Malaria in India - Number 2
Disease focus: Malaria
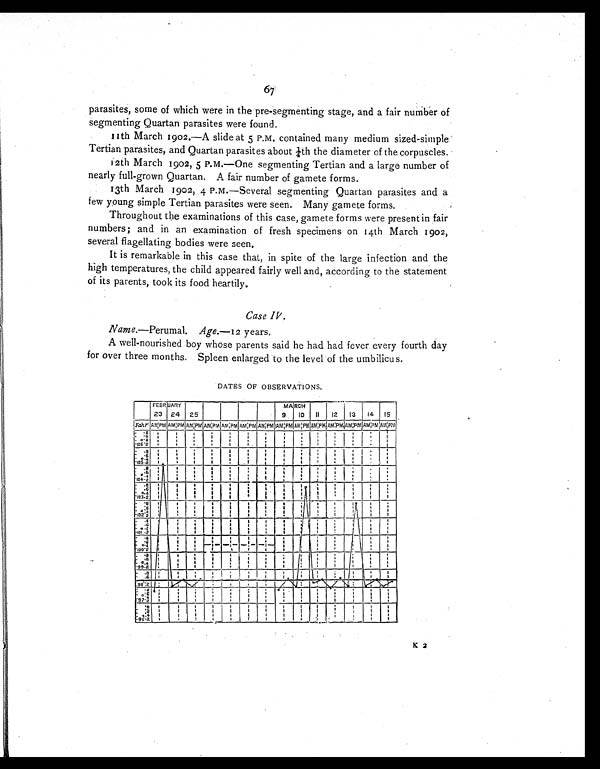
67
parasites, some of which were in the pre-segmenting stage, and a fair number of
segmenting Quartan parasites were found.
11th March 1902.—A slide at 5 P.M. contained many medium sized-simple
Tertian parasites, and Quartan parasites about ¼th the diameter of the corpuscles.
12th March 1902, 5 P.m.—One segmenting Tertian and a large number of
nearly full-grown Quartan. A fair number of gamete forms.
13th March 1902, 4 P.M.—Several segmenting Quartan parasites and a
few young simple Tertian parasites were seen. Many gamete forms.
Throughout the examinations of this case, gamete forms were present in fair
numbers; and in an examination of fresh specimens on 14th March 1902,
several flagellating bodies were seen.
It is remarkable in this case that, in spite of the large infection and the
high temperatures, the child appeared fairly well and, according to the statement
of its parents, took its food heartily.
Case IV.
Name.—Perumal. Age.—1 2 years.
A well-nourished boy whose parents said he had had fever every fourth day
for over three months. Spleen enlarged to the level of the umbilicus.
DATES OF OBSERVATIONS.
K 2